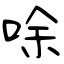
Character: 唋